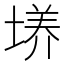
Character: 𡏆